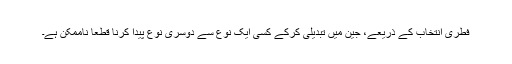
فطری انتخاب کے ذریعے، جین میں تبدیلی کرکے کسی ایک نوع سے دوسری نوع پیدا کرنا قطعاً ناممکن ہے۔